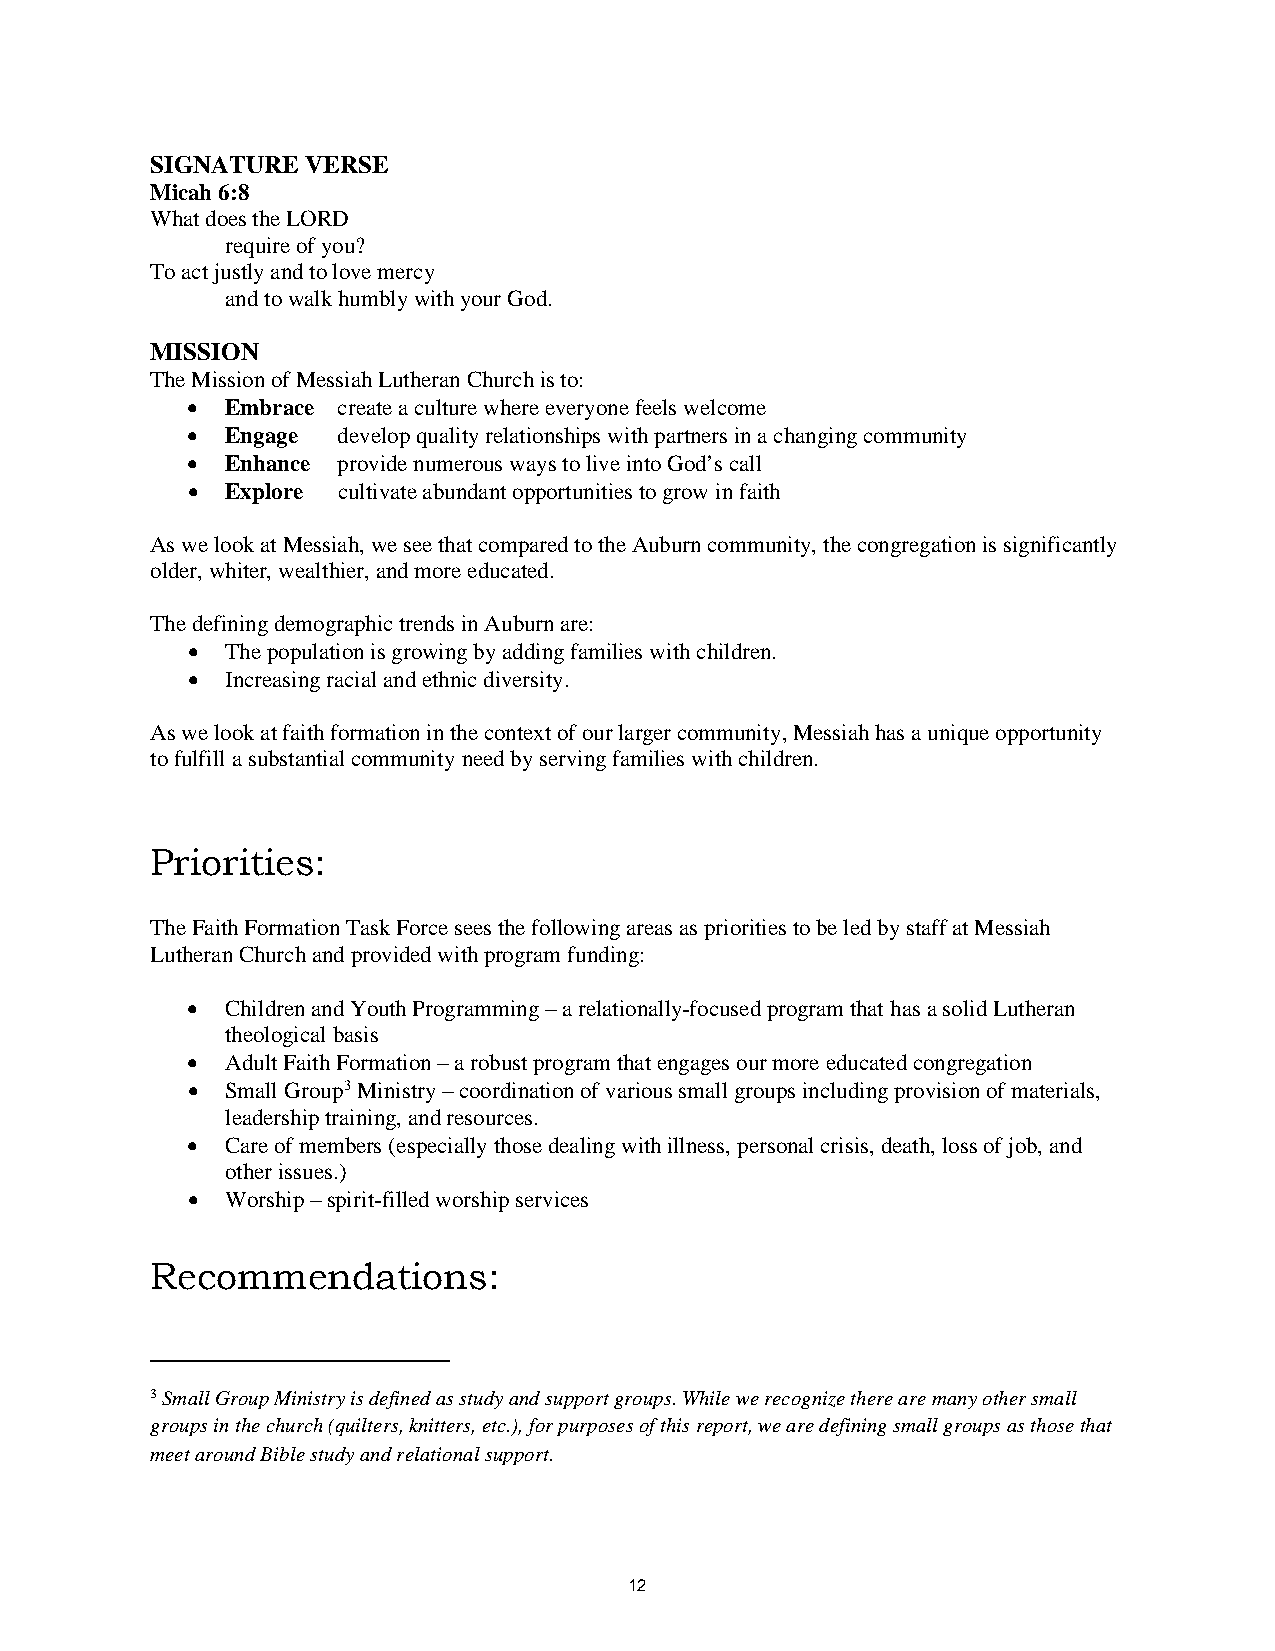
SIGNATURE VERSE
 Micah 6:8
 What does the LORD
 require of you?
 To act justly and to love mercy
 and to walk humbly with your God.
 MISSION
 The Mission of Messiah Lutheran Church is to:
 •  Embrace create a culture where everyone feels welcome
 •  Engage develop quality relationships with partners in a changing community
 •  Enhance provide numerous ways to live into God’s call
 •  Explore cultivate abundant opportunities to grow in faith
 As we look at Messiah, we see that compared to the Auburn community, the congregation is significantly
 older, whiter, wealthier, and more educated.
 The defining demographic trends in Auburn are:
 •  The population is growing by adding families with children.
 •  Increasing racial and ethnic diversity.
 As we look at faith formation in the context of our larger community, Messiah has a unique opportunity
 to fulfill a substantial community need by serving families with children.
 Priorities:
 The Faith Formation Task Force sees the following areas as priorities to be led by staff at Messiah
 Lutheran Church and provided with program funding:
 •  Children and Youth Programming – a relationally-focused program that has a solid Lutheran
 theological basis
 •  Adult Faith Formation – a robust program that engages our more educated congregation
 •  Small Group3 Ministry – coordination of various small groups including provision of materials,
 leadership training, and resources.
 •  Care of members (especially those dealing with illness, personal crisis, death, loss of job, and
 other issues.)
 •  Worship – spirit-filled worship services
 Recommendations:
 3 Small Group Ministry is defined as study and support groups. While we recognize there are many other small
 groups in the church (quilters, knitters, etc.), for purposes of this report, we are defining small groups as those that
 meet around Bible study and relational support.
 12